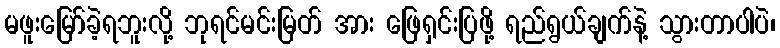
မဖူးမြော်ခဲ့ရဘူးလို့ ဘုရင်မင်းမြတ် အား ဖြေရှင်းပြဖို့ ရည်ရွယ်ချက်နဲ့ သွားတာပါပဲ၊